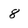
Character: 8